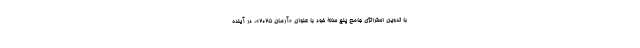
با تدوین استراتژی جامع پنج سالۀ خود با عنوان «آرمان ۲۰۲۵»، در آینده